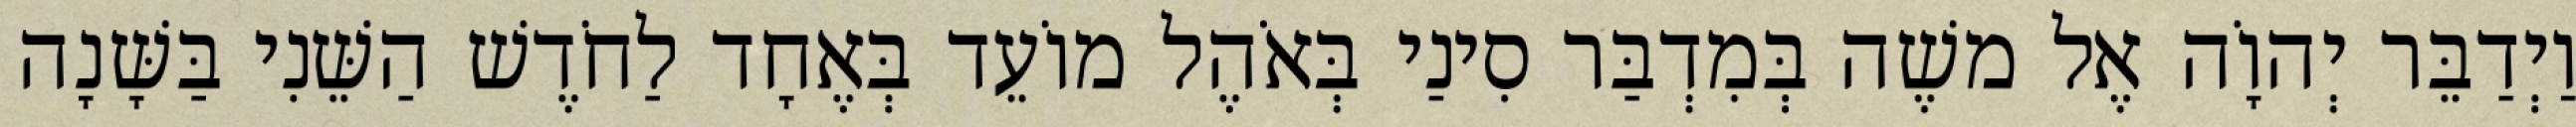
וַיְדַבֵּר יְהוָֹה אֶל משֶׁה בְּמִדְבַּר סִינַי בְּאֹהֶל מוֹעֵד בְּאֶחָד לַחֹדֶשׁ הַשֵּׁנִי בַּשָּׁנָה